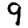
Digit: 9